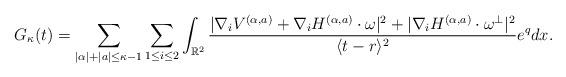
LaTeX: \begin{align*} G_{\kappa}(t)=\sum_{|\alpha|+|a|\leq\kappa-1}\sum_{1\leq i \leq 2} \int_{\mathbb{R}^2}\frac{|\nabla_iV^{(\alpha,a)}+\nabla_iH^{(\alpha,a)}\cdot\omega|^2+|\nabla_iH^{(\alpha,a)}\cdot\omega^\perp|^2}{\langle t-r \rangle^2}e^qdx.\end{align*}